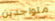
متواجدين